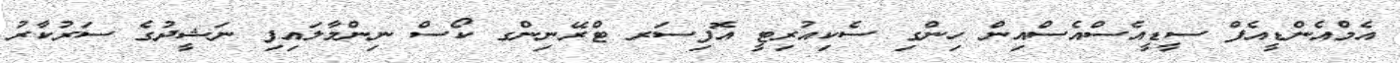
އެމްއެންޑީއެފް ސީޑީއެސްއެސްއިން ހިންގި ސެކިއުރިޓީ އޮފިސަރ ޓްރޭނިންގ ކޯސް ނިންމާލައިފި ނަޝީދުގެ ސަރުކާރު